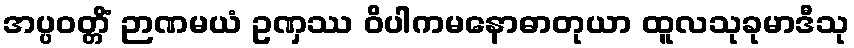
အပ္ပဝတ္တိံ ဉာဏမယံ ဥဏှဿ ဝိပါကမနောဓာတုယာ ထူလသုခုမာဒီသု